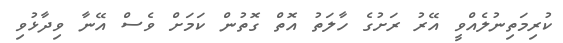
ކުރިމަތިނުލެއްވީ އޭރު ރަށުގެ ހާލަތު އޮތް ގޮތުން ކަމަށް ވެސް އޭނާ ވިދާޅުވި